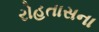
રોહતાસના